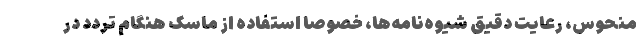
منحوس، رعایت دقیق شیوه‌نامه‌ها، خصوصا استفاده از ماسک هنگام تردد در